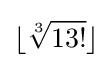
\lfloor {\sqrt[{3}]{13!}}\rfloor